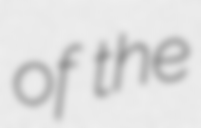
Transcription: of the